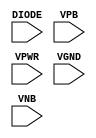
module sky130_fd_sc_lp__diode (
    //# {{power|Power}}
    input DIODE,
    input VPB  ,
    input VPWR ,
    input VGND ,
    input VNB
);
endmodule